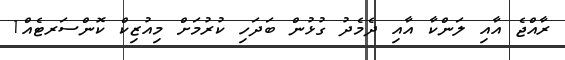
ރާއްޖެ އާއި ލަންކާ އާއި ދެމެދު ގުޅުން ބަދަހި ކުރުމަށް މިއުޒިކް ކޮންސަރޓެއް1